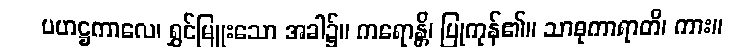
ပဟဋ္ဌကာလေ၊ ရွှင်မြူးသော အခါ၌။ ကရောန္တိ၊ ပြုကုန်၏။ သာဓုကာရာတိ၊ ကား။